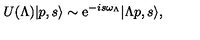
U ( \Lambda ) | p , s \rangle \sim \mathrm { e } ^ { - i s \omega _ { \Lambda } } | \Lambda p , s \rangle ,